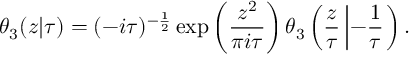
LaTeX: \theta _ { 3 } ( z | \tau ) = ( - i \tau ) ^ { - { \frac { 1 } { 2 } } } \exp \left( { \frac { z ^ { 2 } } { \pi i \tau } } \right) \theta _ { 3 } \left( { \frac { z } { \tau } } \left| - { \frac { 1 } { \tau } } \right. \right) .